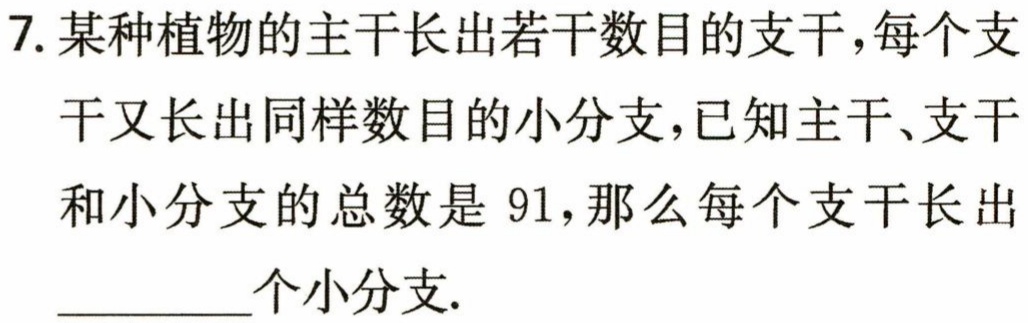
7. 某种植物的主干长出若干数目的支干，每个支干又长出同样数目的小分支，已知主干、支干和小分支的总数是 91，那么每个支干长出________个小分支.